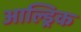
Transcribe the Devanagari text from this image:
आल्ड्रिक